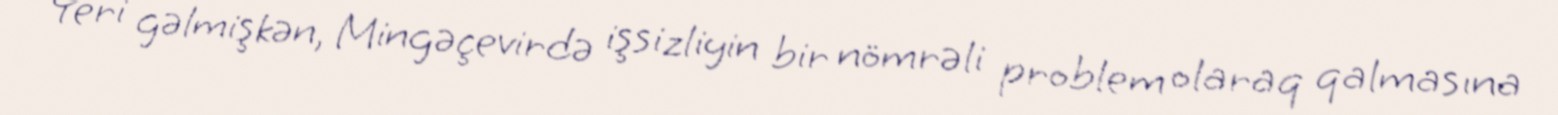
Yeri gəlmişkən, Mingəçevirdə işsizliyin bir nömrəli problem olaraq qalmasına